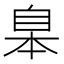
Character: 𦤎